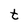
Character: t